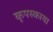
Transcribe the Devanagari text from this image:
कृपस्काया